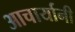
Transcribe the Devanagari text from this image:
आचार्यानी